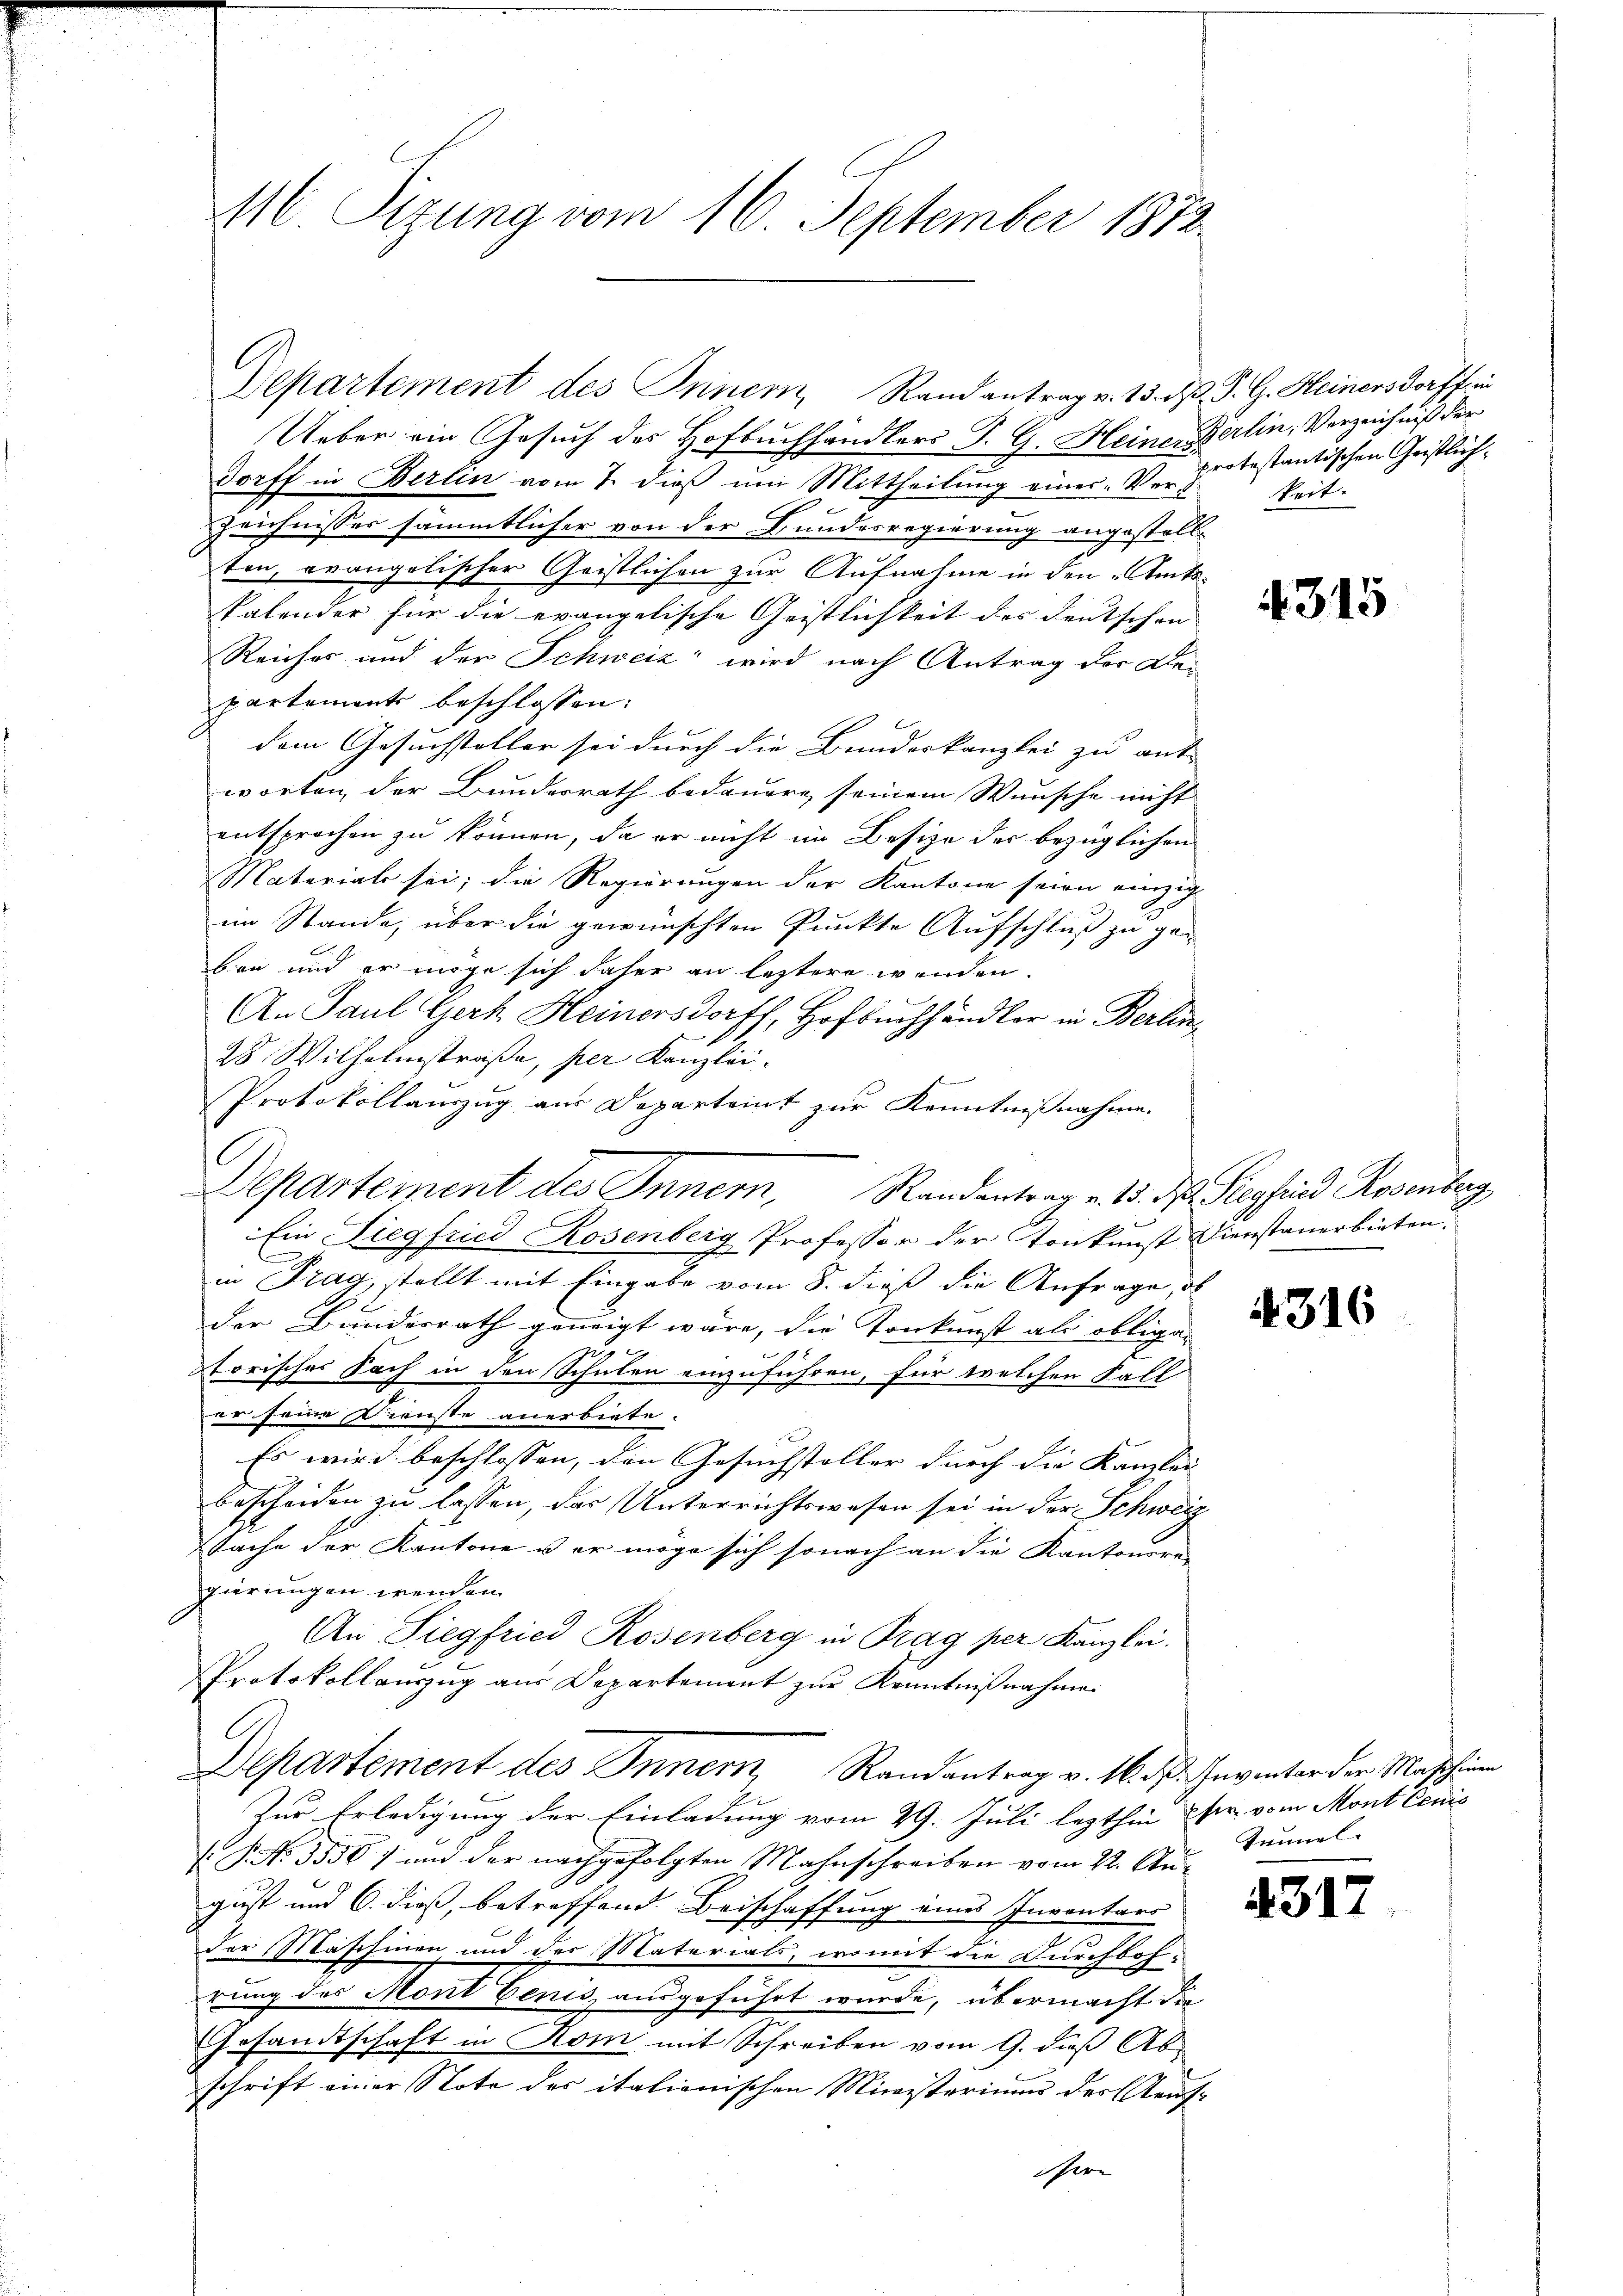
l Sitzung vom 16. September 1872.

Ueber ein Gesuch des Hofbuchhändlers J. G. Heiner Berlin, Verzeichniß der
Dorff in Berlin vom 7. dieß um Mittheilung eines Ver¬
Zeichnisses sämmtlicher von der Bundesregierung angestell-
ten, evangelischer Geistlichen zur Aufnahme in den Amts¬
Palender für die evangelische Geistlichkeit des deutschen |
Reicher und der Schweiz wird nach Antrag der Dei
partement beschlossen:
dem Gesuchsteller sei durch die Bundeskanzlei zu ant-
worten, der Bundesrath bedauern seinem Wunsche nicht
entsprochen zu können, da er nicht im Besize der bezüglichen
Material sei; die Regierungen der Kantone seien einzig
im Stande, über die gewünschten Punkte Aufschluß zu gen
ben und er möge sich daher an letztere wenden
An Paul Gerh. Heinersdorff, Hofbuchhändler in Berlin¬
28 Wilhelmstraße, per Kanzlei-
Protokollauszug aus Departeint zur Kenntnißnahme.
G
Separteinent des Innern, Randantrag v. 3. d. Kepfind Rosenberg
Ein Liegfried Rosenberg Professor der Tonkunst Dienstanerbieten.
in Prag, stellt mit Eingabe vom 8. dieß die Anfrage, das
der Bundesrath geneigt wäre, die Tonkunst als obliga-
torisches Fach in den Schulen einzuführen, für welchen Fall
er seine Dienste anerbiete.
Es wird beschlossen, den Gesuchsteller durch die Kanzlei-
bescheiden zu lassen, das Unterrichtswesen sei in der Schweiz
Sache der Kantone u er möge sich sonach an die Kantonere
gierungen wenden.
An Siegfried Rosenberg in Prag per Kanzlei.
Protokollauszug aus Departement zur Kenntnißnahme
Departement des Innern, Randantrag v. 16. ds. Inventar der Maschienen
Zur Erledigung der Einladung vom 29. Juli lezthin Fr. vom Mont cenis
(P. No. 3550) und der nachgefolgten Mahnschreiben vom 22. Au-
gust und 6. dieß, betreffend Beischaffung eines Inventars
der Maschinen und der Materials, womit die Durchboh-
rung des Mont benis ausgeführt wurde, übermacht die
Gesandtschaft in Kom mit Schreiben vom 9. daß Abschrift einer Note des italienischen Ministerium des Aeuss
Ehere

Departement des Innern, Rand antrag v. 15. d. J. G. Heiners Dorff in

protestantischen Geistlich.
keit.

315

4316

Tunnel

4312